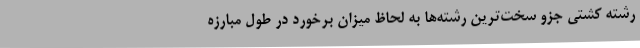
رشته کشتی جزو سخت‌ترین رشته‌ها به لحاظ میزان برخورد در طول مبارزه